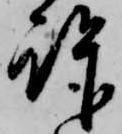
許